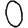
Digit: 0